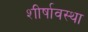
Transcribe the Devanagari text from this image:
शीर्षावस्था